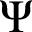
\Psi